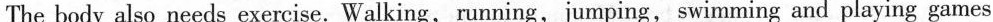
The body also needs exercise.Walking, running,jumping,swimming and playing games